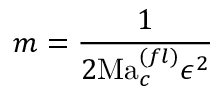
m = \frac { 1 } { 2 \mathrm { M a } _ { c } ^ { ( f l ) } \epsilon ^ { 2 } }